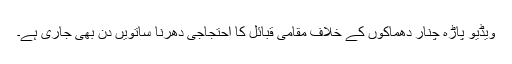
ویڈیو پاڑہ چنار دھماکوں کے خلاف مقامی قبائل کا احتجاجی دھرنا ساتویں دن بھی جاری ہے۔